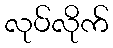
လုပ်လိုက်